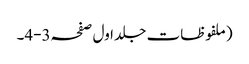
(ملفوظات جلد اول صفحہ3-4۔